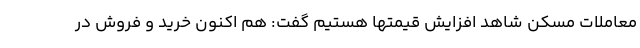
معاملات مسکن شاهد افزایش قیمتها هستیم گفت: هم اکنون خرید و فروش در